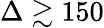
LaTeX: \Delta\gtrsim 150